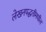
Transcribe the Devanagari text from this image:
लेखनपद्धतीमधील